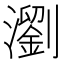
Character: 瀏